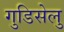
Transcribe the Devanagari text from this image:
गुडिसेलु